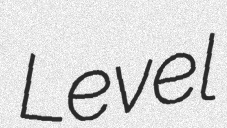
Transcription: Level